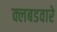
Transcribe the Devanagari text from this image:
क्लबडवारे